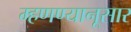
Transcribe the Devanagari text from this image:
म्हणण्यानूसार